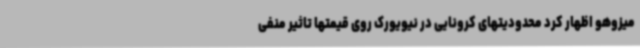
میزوهو اظهار کرد محدودیتهای کرونایی در نیویورک روی قیمتها تاثیر منفی